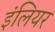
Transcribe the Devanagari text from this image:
इंलियर